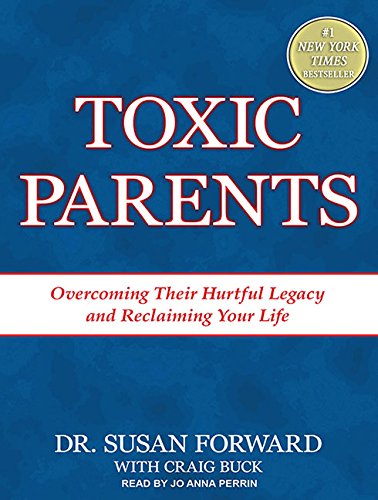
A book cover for Toxic Parents: Overcoming Their Hurtful Legacy and Reclaiming Your Life; Craig Buck; Parenting & Relationships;